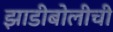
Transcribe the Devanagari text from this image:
झाडीबोलीची